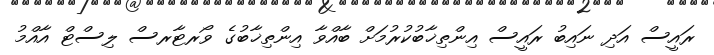
ރައީސް އަދި ނައިބު ރައީސް އިންތިޚާބުކުރުމަށް ބާއްވާ އިންތިޚާބުގެ ވޯރޓާރސް ލިސްޓް އާއްމު